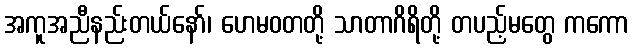
အကူအညီနည်းတယ်နော်၊ ဟေမဝတတို့ သာတာဂိရိတို့ တပည့်မတွေ ကကော